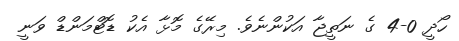
ހޯދީ 0-4 ގެ ނަތީޖާ އަކުންނެވެ. މިރޭގެ މޮޅާ އެކު ޑޮޓްމަންޑް ވަނީ